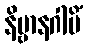
နိဗ္ဗာနဂါမိံ